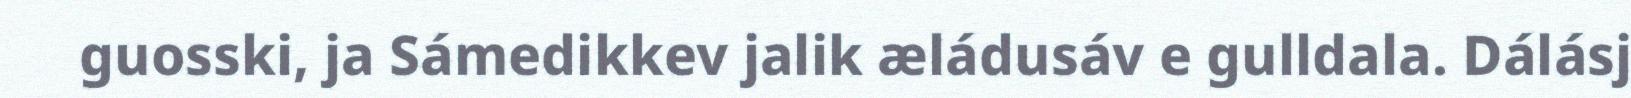
guosski, ja Sámedikkev jalik æládusáv e gulldala. Dálásj